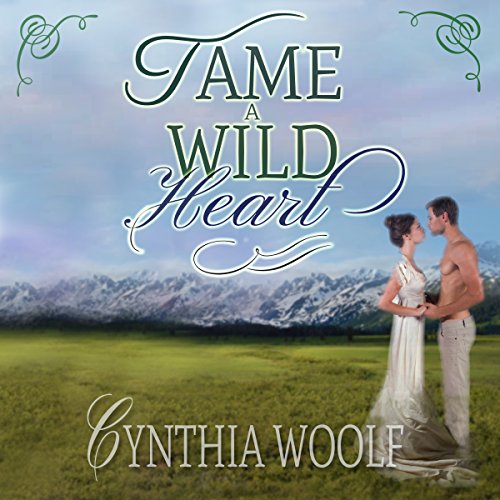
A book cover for Tame a Wild Heart; Cynthia Woolf; Romance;